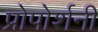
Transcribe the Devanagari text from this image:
प्रोपोर्शनी